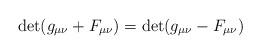
LaTeX: \begin{align*}\det (g_{\mu \nu} + F_{\mu \nu} ) =\det (g_{\mu \nu}- F_{\mu \nu})\end{align*}